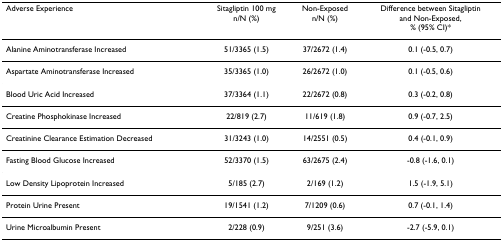
<table><thead><tr><td><b>Adverse Experience</b></td><td><b>Sitagliptin 100 mgn/N (%)</b></td><td><b>Non-Exposedn/N (%)</b></td><td><b>Difference between Sitagliptin and Non-Exposed,% (95% CI)*</b></td></tr></thead><tbody><tr><td>Alanine Aminotransferase Increased</td><td>51/3365 (1.5)</td><td>37/2672 (1.4)</td><td>0.1 (-0.5, 0.7)</td></tr><tr><td>Aspartate Aminotransferase Increased</td><td>35/3365 (1.0)</td><td>26/2672 (1.0)</td><td>0.1 (-0.5, 0.6)</td></tr><tr><td>Blood Uric Acid Increased</td><td>37/3364 (1.1)</td><td>22/2672 (0.8)</td><td>0.3 (-0.2, 0.8)</td></tr><tr><td>Creatine Phosphokinase Increased</td><td>22/819 (2.7)</td><td>11/619 (1.8)</td><td>0.9 (-0.7, 2.5)</td></tr><tr><td>Creatinine Clearance Estimation Decreased</td><td>31/3243 (1.0)</td><td>14/2551 (0.5)</td><td>0.4 (-0.1, 0.9)</td></tr><tr><td>Fasting Blood Glucose Increased</td><td>52/3370 (1.5)</td><td>63/2675 (2.4)</td><td>-0.8 (-1.6, 0.1)</td></tr><tr><td>Low Density Lipoprotein Increased</td><td>5/185 (2.7)</td><td>2/169 (1.2)</td><td>1.5 (-1.9, 5.1)</td></tr><tr><td>Protein Urine Present</td><td>19/1541 (1.2)</td><td>7/1209 (0.6)</td><td>0.7 (-0.1, 1.4)</td></tr><tr><td>Urine Microalbumin Present</td><td>2/228 (0.9)</td><td>9/251 (3.6)</td><td>-2.7 (-5.9, 0.1)</td></tr></tbody></table>